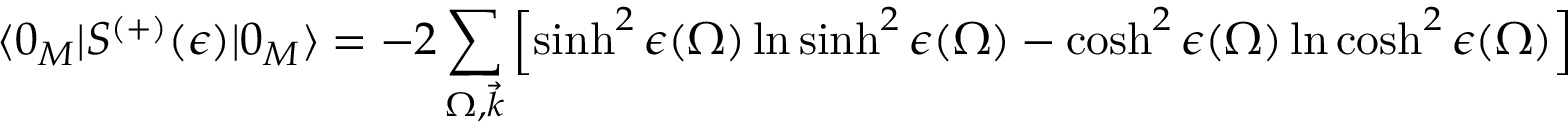
\langle 0 _ { M } | S ^ { ( + ) } ( \epsilon ) | 0 _ { M } \rangle = - 2 \sum _ { \Omega , \vec { k } } \left[ \sinh ^ { 2 } \epsilon ( \Omega ) \ln \sinh ^ { 2 } \epsilon ( \Omega ) - \cosh ^ { 2 } \epsilon ( \Omega ) \ln \cosh ^ { 2 } \epsilon ( \Omega ) \right] \, ,